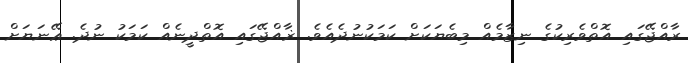
ރާއްޖޭގައި އޮތްވެރިކުގެ ނިޒާމެއް މިބެޔަކަށް ކަމަކުނުދެއެވެ. ޜާއްޖޭގައި އޮތްދީނެއް ކަމަކު ނުދެ. ޢޭނަޔަށް